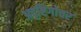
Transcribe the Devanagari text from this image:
अदृष्टिगोचर